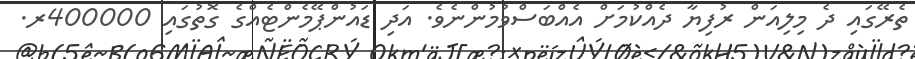
ތެރޭގައި ދެ މިލިއަން ރުފިޔާ ދެއްކުމަށް އެއްބަސްވުމުންނެވެ. އަދި ޑައުންޕޭމެންޓެއްގެ ގޮތުގައި 400000ރ.